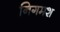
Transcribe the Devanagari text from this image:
निगमश